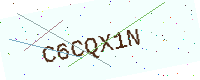
Text: C6CQX1N